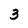
Character: 3